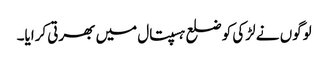
لوگوں نے لڑکی کو ضلع ہسپتال میں بھرتی کرایا۔